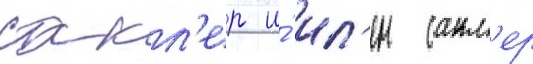
сакл'ер и́ ил'ен сакл'ер